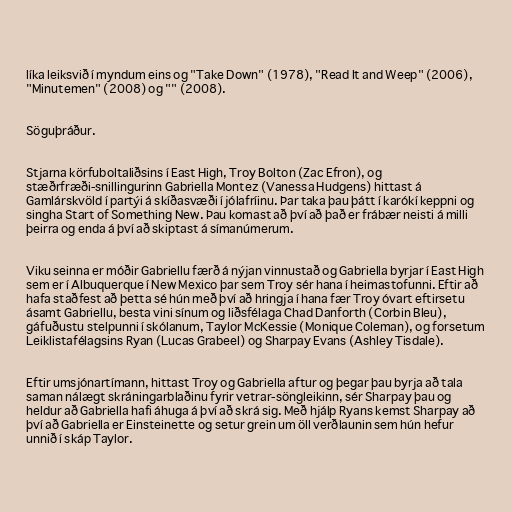
líka leiksvið í myndum eins og "Take Down" (1978), "Read It and Weep" (2006),
"Minutemen" (2008) og "" (2008).

Söguþráður.

Stjarna körfuboltaliðsins í East High, Troy Bolton (Zac Efron), og
stæðrfræði-snillingurinn Gabriella Montez (Vanessa Hudgens) hittast á
Gamlárskvöld í partýi á skíðasvæði í jólafríinu. Þar taka þau þátt í karókí keppni og
singha Start of Something New. Þau komast að því að það er frábær neisti á milli
þeirra og enda á því að skiptast á símanúmerum.

Viku seinna er móðir Gabriellu færð á nýjan vinnustað og Gabriella byrjar í East High
sem er í Albuquerque í New Mexico þar sem Troy sér hana í heimastofunni. Eftir að
hafa staðfest að þetta sé hún með því að hringja í hana fær Troy óvart eftirsetu
ásamt Gabriellu, besta vini sínum og liðsfélaga Chad Danforth (Corbin Bleu),
gáfuðustu stelpunni í skólanum, Taylor McKessie (Monique Coleman), og forsetum
Leiklistafélagsins Ryan (Lucas Grabeel) og Sharpay Evans (Ashley Tisdale).

Eftir umsjónartímann, hittast Troy og Gabriella aftur og þegar þau byrja að tala
saman nálægt skráningarblaðinu fyrir vetrar-söngleikinn, sér Sharpay þau og
heldur að Gabriella hafi áhuga á því að skrá sig. Með hjálp Ryans kemst Sharpay að
því að Gabriella er Einsteinette og setur grein um öll verðlaunin sem hún hefur
unnið í skáp Taylor.